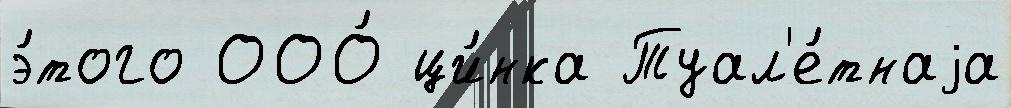
э́того ООО́ ци́нка Туал'е́тнаjа